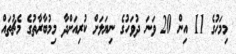
މިމަހުގެ 11 އިން 20 ވަނަ ދުވަހުގެ ނިޔަލަށް ކުރިއަށްދާ މިމުބާރާތުގެ މެޗުތައް